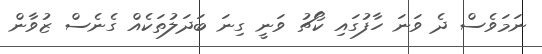
ނަމަވެސް ދެ ވަނަ ހާފުގައި ކޯޗު ވަނީ ގިނަ ބަދަލުތަކެއް ގެނެސް ޒުވާން